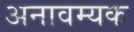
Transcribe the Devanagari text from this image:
अनावम्यक